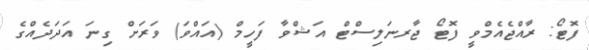
ފޮޓޯ: ރާއްޖެއެމްވީ ފޮޓޯ ޖާރނަލިސްޓް އަޝްވާ ފަހީމް (އައްވަ) ވަރަށް ގިނަ އަދަދެއްގެ